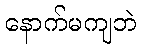
နောက်မကျဘဲ